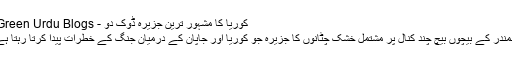
کوریا کا مشہور ترین جزیرہ ڈوک دو - iGreen Urdu Blogs
سمندر کے بیچوں بیچ چند کنال پر مشتمل خشک چٹانوں کا جزیرہ جو کوریا اور جاپان کے درمیان جنگ کے خطرات پیدا کرتا رہتا ہے۔